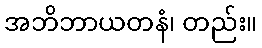
အဘိဘာယတနံ၊ တည်း။